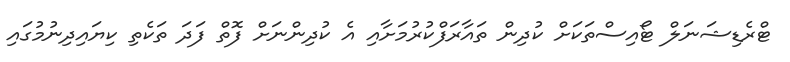
ޓްރެޑިޝަނަލް ޓޯއިސްތަކަށް ކުދިން ތައާރަފްކުރުމަށާއި އެ ކުދިންނަށް ފޮތް ފަދަ ތަކެތި ކިޔައިދިނުމުގައި